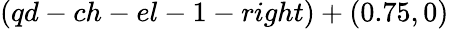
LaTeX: (qd-ch-el-1-right)+(0.75,0)